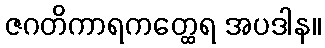
ဇဂတိကာရကတ္ထေရ အပဒါန။